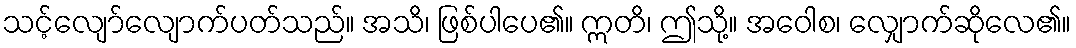
သင့်လျော်လျောက်ပတ်သည်။ အသိ၊ ဖြစ်ပါပေ၏။ ဣတိ၊ ဤသို့။ အဝေါစ၊ လျှောက်ဆိုလေ၏။